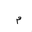
Letter: _mim